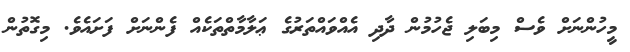
މީހުންނަށް ވެސް މިބަލި ޖެހުމުން ދާދި އެއްވައްތަރުގެ ޢަލާމާތްތަކެއް ފެންނަށް ފަށައެވެ. މިގޮތުން